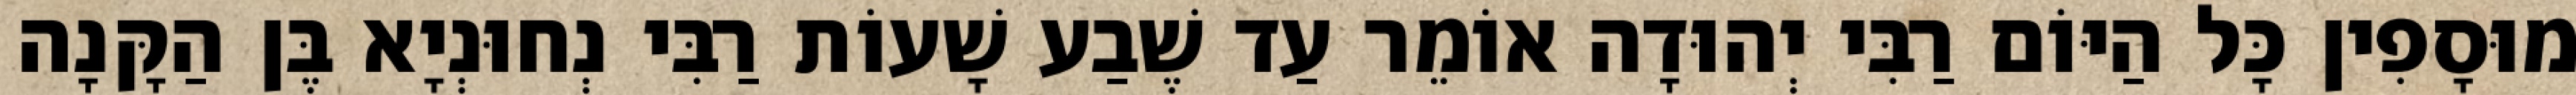
מוּסָפִין כָּל הַיּוֹם רַבִּי יְהוּדָה אוֹמֵר עַד שֶׁבַע שָׁעוֹת רַבִּי נְחוּנְיָא בֶּן הַקָּנָה